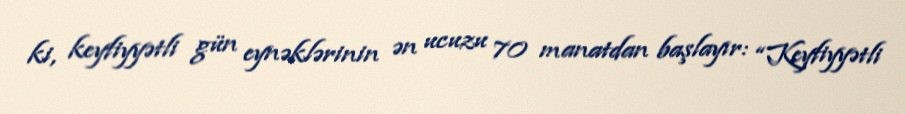
ki, keyfiyyətli gün eynəklərinin ən ucuzu 70 manatdan başlayır: “Keyfiyyətli